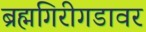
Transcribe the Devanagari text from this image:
ब्रह्मगिरीगडावर